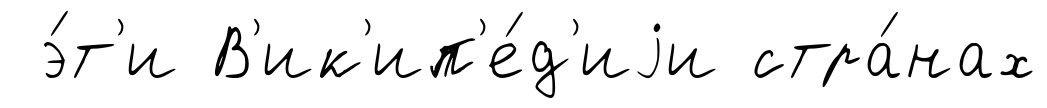
э́т'и В'ик'ип'е́д'иjи стра́нах